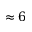
\approx 6